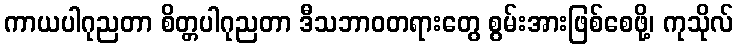
ကာယပါဂုညတာ စိတ္တပါဂုညတာ ဒီသဘာဝတရားတွေ စွမ်းအားဖြစ်စေဖို့၊ ကုသိုလ်